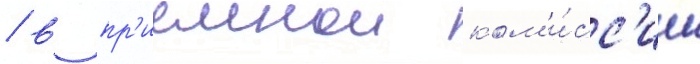
/ в пр'иемнои ком'и́сс'ии